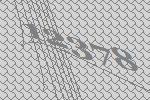
12378